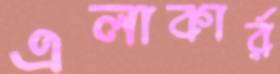
এলাকার্র